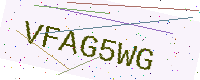
Text: VFAG5WG